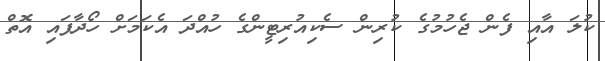
ކުލަ އާއި ފެން ޖެހުމުގެ ކުރިން ސެކިއުރިޓީންގެ ހުއްދަ އެކަމަށް ހޯދާފައި އޮތް